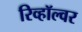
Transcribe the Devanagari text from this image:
रिव्हॉल्वर